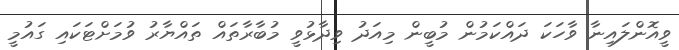
ވީއޮންލައިނާ ވާހަކަ ދައްކަމުން މުބީން މިއަދު ވިދާޅުވީ މުބާރާތައް ތައްޔާރު ވުމަށްޓަކައި ގައުމީ